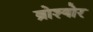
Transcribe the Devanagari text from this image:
ब्रोश्योर